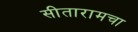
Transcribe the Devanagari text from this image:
सीतारामचा